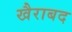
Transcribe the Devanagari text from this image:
खैराबद